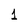
Character: 1